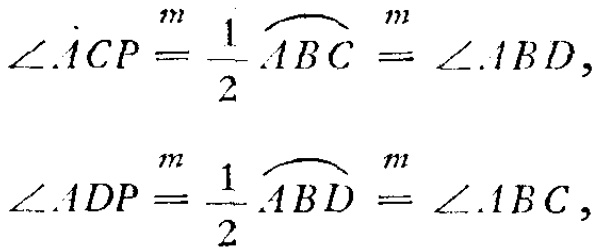
\[\angle ACP\overset{m}{=} \frac{1}{2}\overset{\frown}{ABC}\overset{m}{=} \angle ABD,\]
\[\angle ADP\overset{m}{=} \frac{1}{2}\overset{\frown}{ABD}\overset{m}{=} \angle ABC,\]